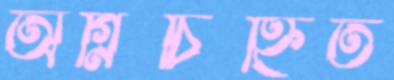
অগ্নিচিহ্নিত